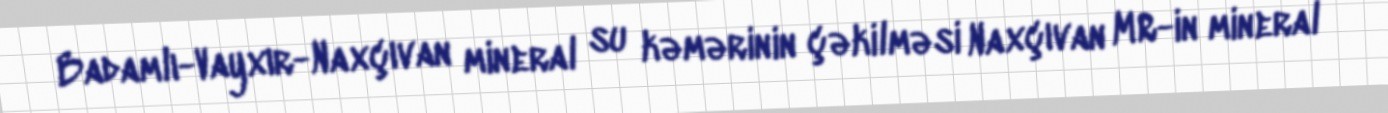
Badamlı-Vayxır-Naxçıvan mineral su kəmərinin çəkilməsi Naxçıvan MR-in mineral